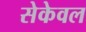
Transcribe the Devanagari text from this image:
सेकेवल